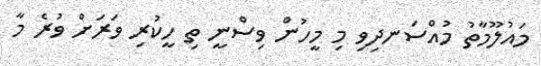
މައުލޫމާތު މުއްސަނދިވި މި މީހުން ވިސްނީ ތި ހީކުރި ވަރަށް ވުރެ މާ